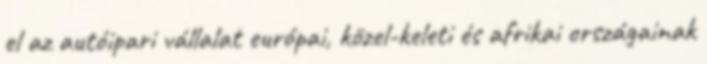
el az autóipari vállalat európai, közel-keleti és afrikai országainak